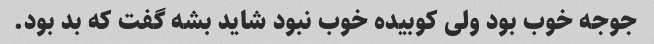
جوجه خوب بود ولی کوبیده خوب نبود شاید بشه گفت که بد بود.